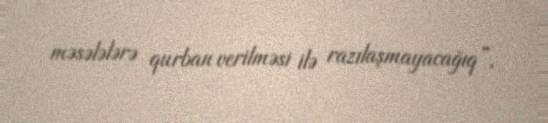
məsələlərə qurban verilməsi ilə razılaşmayacağıq”.